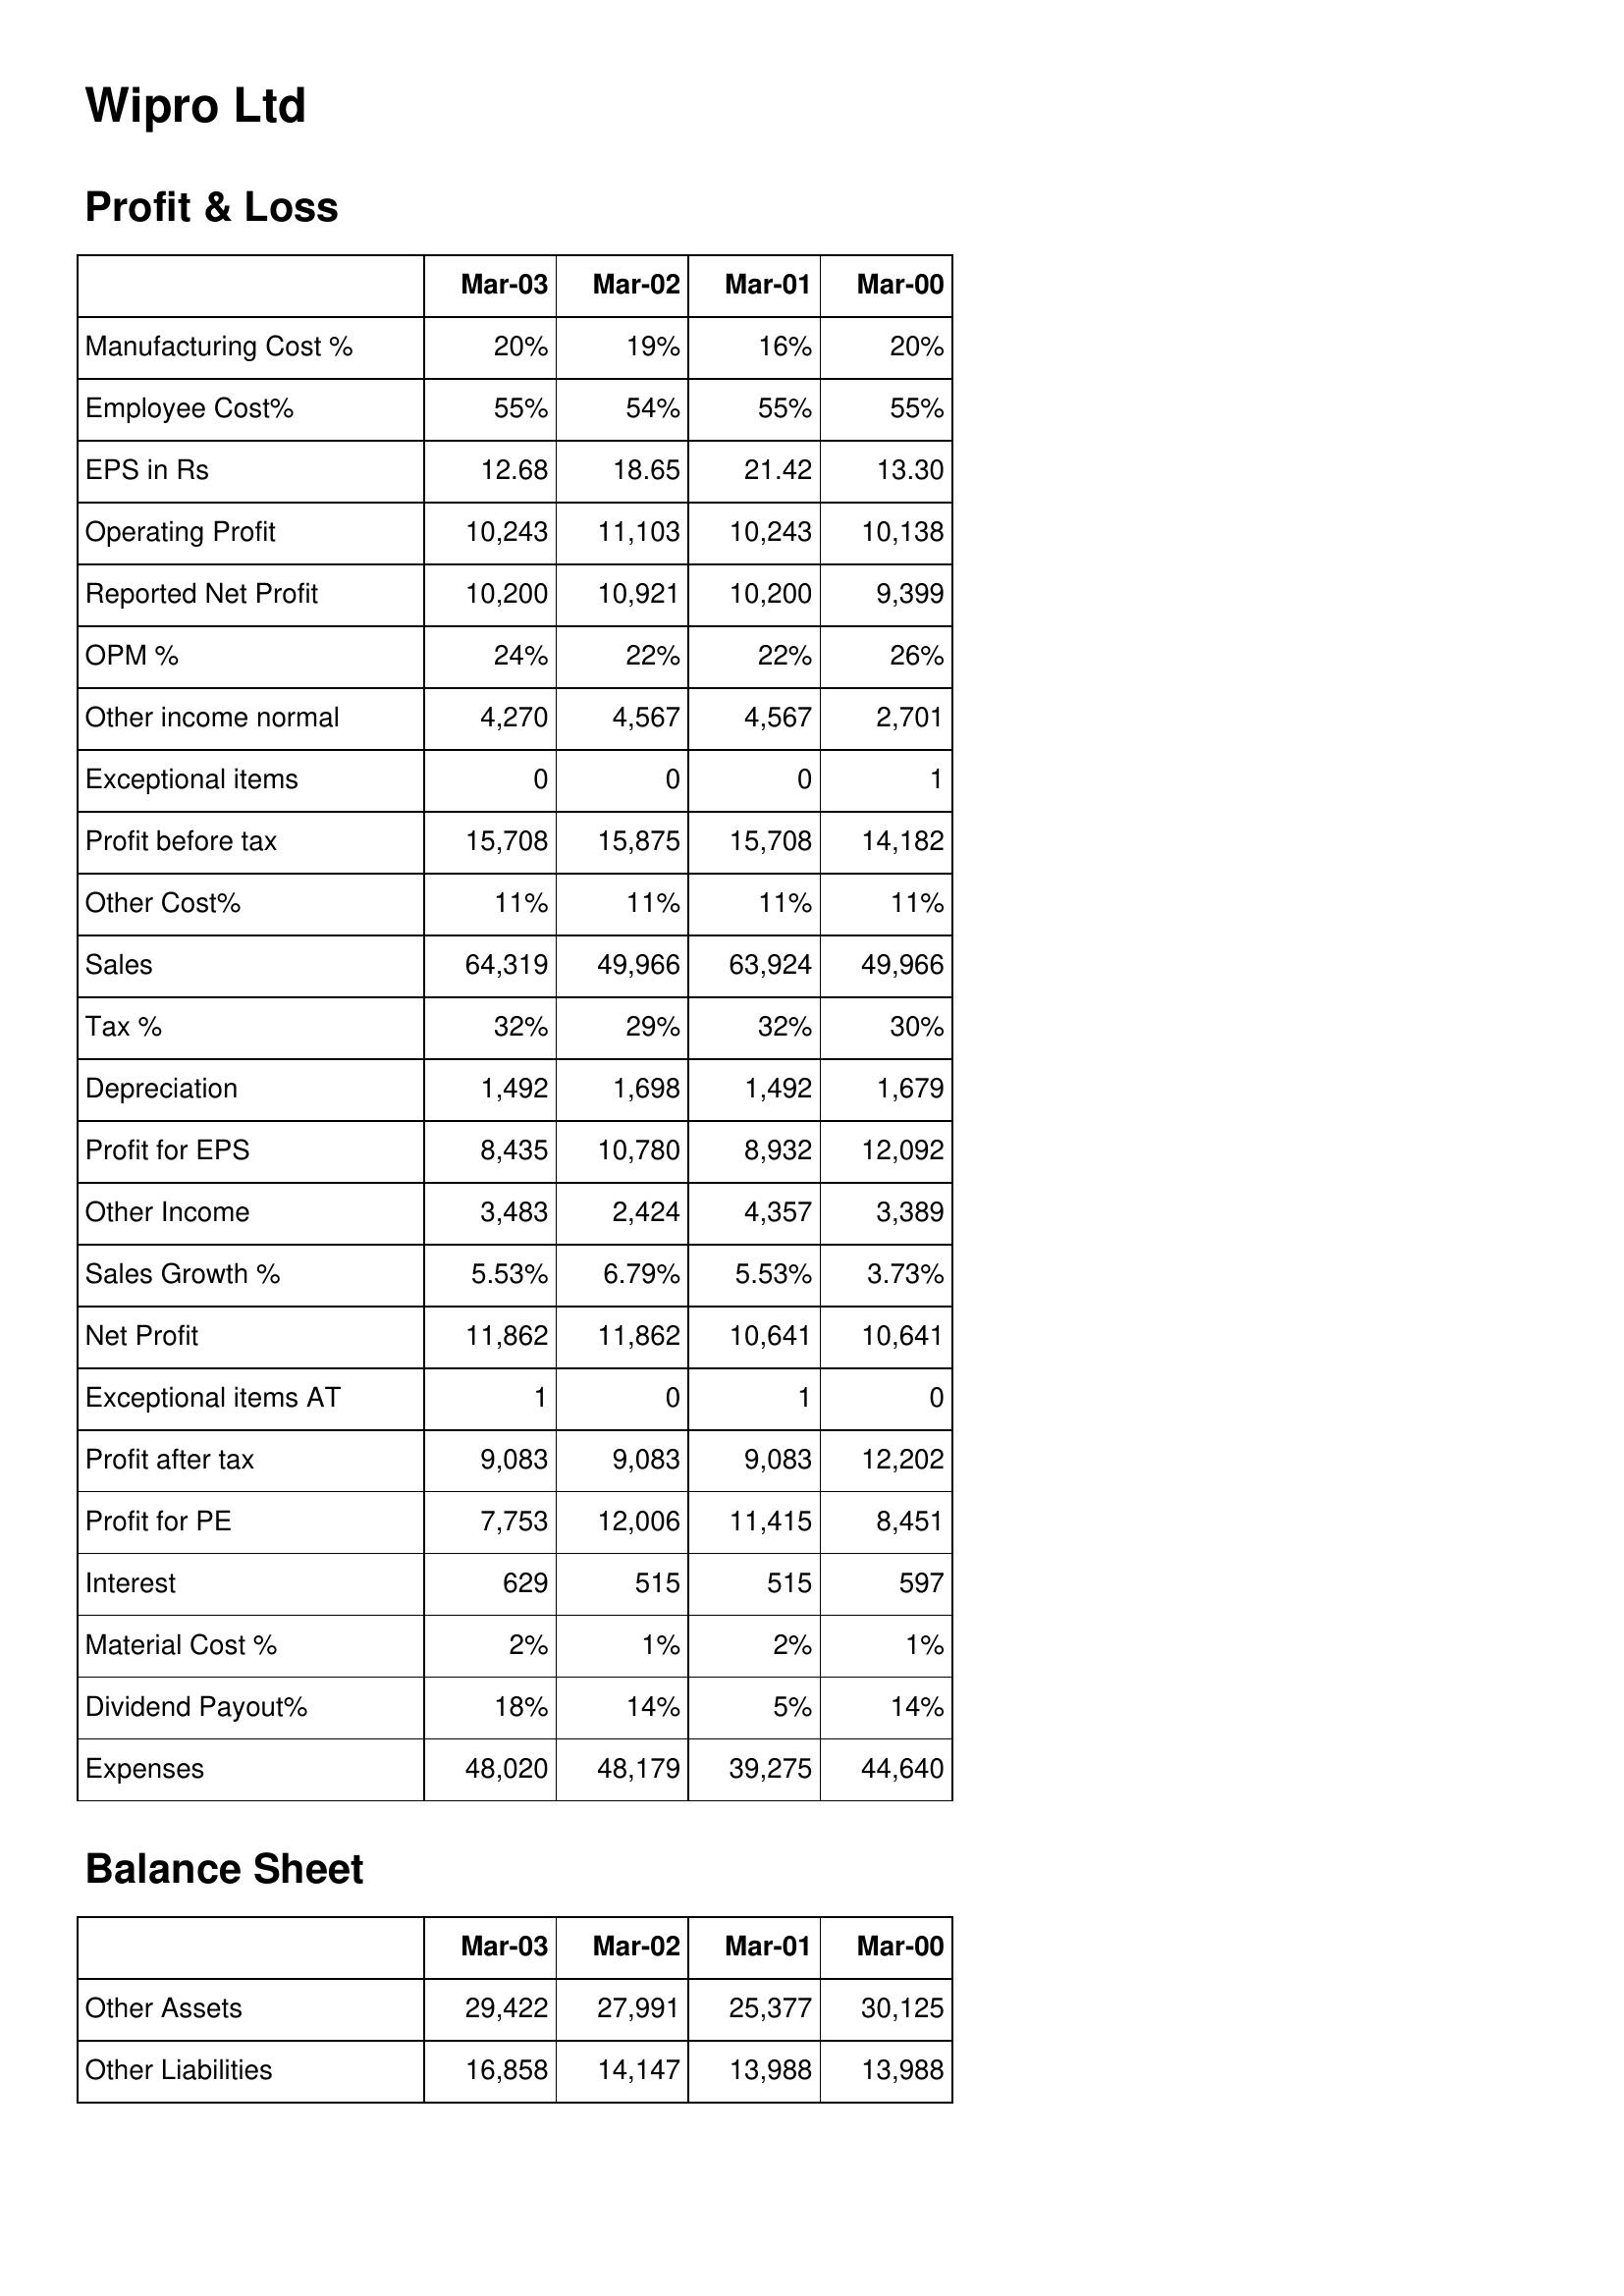
Mar-03: Profit & Loss: Manufacturing Cost %: 20%
Employee Cost%: 55%
EPS in Rs: 12.68
Operating Profit: 10,243
Reported Net Profit: 10,200
OPM %: 24%
Other income normal: 4,270
Exceptional items: 0
Profit before tax: 15,708
Other Cost%: 11%
Sales: 64,319
Tax %: 32%
Depreciation: 1,492
Profit for EPS: 8,435
Other Income: 3,483
Sales Growth %: 5.53%
Net Profit: 11,862
Exceptional items AT: 1
Profit after tax: 9,083
Profit for PE: 7,753
Interest: 629
Material Cost %: 2%
Dividend Payout%: 18%
Expenses: 48,020
Balance Sheet: Other Assets: 29,422
Other Liabilities: 16,858
Mar-02: Profit & Loss: Manufacturing Cost %: 19%
Employee Cost%: 54%
EPS in Rs: 18.65
Operating Profit: 11,103
Reported Net Profit: 10,921
OPM %: 22%
Other income normal: 4,567
Exceptional items: 0
Profit before tax: 15,875
Other Cost%: 11%
Sales: 49,966
Tax %: 29%
Depreciation: 1,698
Profit for EPS: 10,780
Other Income: 2,424
Sales Growth %: 6.79%
Net Profit: 11,862
Exceptional items AT: 0
Profit after tax: 9,083
Profit for PE: 12,006
Interest: 515
Material Cost %: 1%
Dividend Payout%: 14%
Expenses: 48,179
Balance Sheet: Other Assets: 27,991
Other Liabilities: 14,147
Mar-01: Profit & Loss: Manufacturing Cost %: 16%
Employee Cost%: 55%
EPS in Rs: 21.42
Operating Profit: 10,243
Reported Net Profit: 10,200
OPM %: 22%
Other income normal: 4,567
Exceptional items: 0
Profit before tax: 15,708
Other Cost%: 11%
Sales: 63,924
Tax %: 32%
Depreciation: 1,492
Profit for EPS: 8,932
Other Income: 4,357
Sales Growth %: 5.53%
Net Profit: 10,641
Exceptional items AT: 1
Profit after tax: 9,083
Profit for PE: 11,415
Interest: 515
Material Cost %: 2%
Dividend Payout%: 5%
Expenses: 39,275
Balance Sheet: Other Assets: 25,377
Other Liabilities: 13,988
Mar-00: Profit & Loss: Manufacturing Cost %: 20%
Employee Cost%: 55%
EPS in Rs: 13.30
Operating Profit: 10,138
Reported Net Profit: 9,399
OPM %: 26%
Other income normal: 2,701
Exceptional items: 1
Profit before tax: 14,182
Other Cost%: 11%
Sales: 49,966
Tax %: 30%
Depreciation: 1,679
Profit for EPS: 12,092
Other Income: 3,389
Sales Growth %: 3.73%
Net Profit: 10,641
Exceptional items AT: 0
Profit after tax: 12,202
Profit for PE: 8,451
Interest: 597
Material Cost %: 1%
Dividend Payout%: 14%
Expenses: 44,640
Balance Sheet: Other Assets: 30,125
Other Liabilities: 13,988